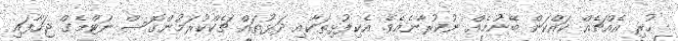
ހުރި އެއްޗެއް ކައްކަން ބޭނުމެއް ނުކުރާނެއެވެ. އެކިފުޅިތަކާއި ދަޅުތައް ޗެކްކުރަމުންގޮސް ނަޓްމެގް ޖަހާފައި